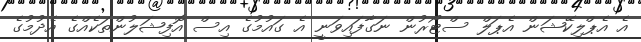
އެ އެޕްލިކޭޝަން އެޕަލް ސްޓޯރުން ނަގާފައިވަނީ އެ ގައުމުގެ އިސް އޮފިޝަލުންތަކެއްގެ އެދުމުގެ